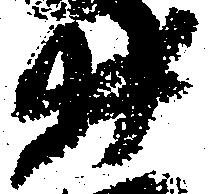
井